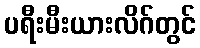
ပရီးမီးယားလိဂ်တွင်